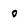
Character: 0